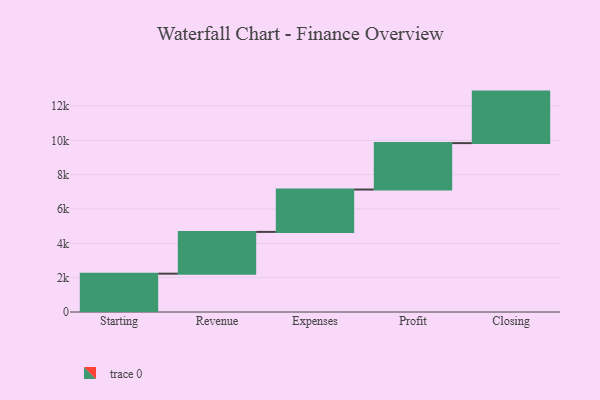
{"axis": {"x": "Step", "y": "Value"}, "legend": [""], "data": [{"x": "Starting", "y": 2233.0, "type": ""}, {"x": "Revenue", "y": 2432.0, "type": ""}, {"x": "Expenses", "y": 2467.0, "type": ""}, {"x": "Profit", "y": 2704.0, "type": ""}, {"x": "Closing", "y": 3000, "type": ""}]}